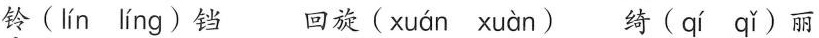
铃 ( lín líng ) 铛 回旋 ( xuán xuàn ) 绮 ( qí qǐ ) 丽